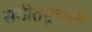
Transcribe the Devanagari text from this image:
संगीतमुच्यते